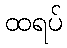
ထရပ်